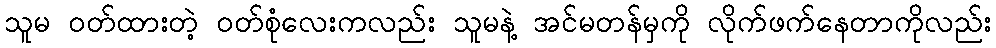
သူမ ဝတ်ထားတဲ့ ဝတ်စုံလေးကလည်း သူမနဲ့ အင်မတန်မှကို လိုက်ဖက်နေတာကိုလည်း